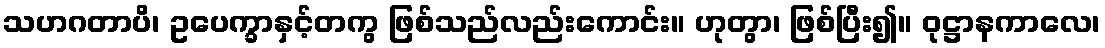
သဟဂတာပိ၊ ဥပေက္ခာနှင့်တကွ ဖြစ်သည်လည်းကောင်း။ ဟုတွာ၊ ဖြစ်ပြီး၍။ ဝုဋ္ဌာနကာလေ၊